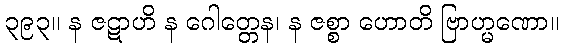
၃၉၃။ န ဇဋာဟိ န ဂေါတ္တေန၊ န ဇစ္စာ ဟောတိ ဗြာဟ္မဏော။